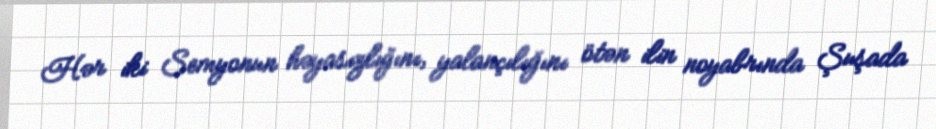
Hər iki Semyonun həyasızlığını, yalançılığını ötən ilin noyabrında Şuşada